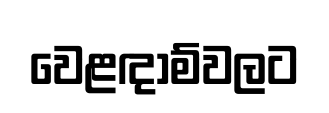
වෙළඳාම්වලට